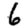
Digit: 6